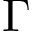
\Gamma